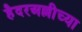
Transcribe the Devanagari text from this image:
हैदरअल्लीच्या